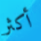
أكثر